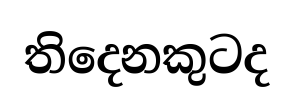
තිදෙනකුටද